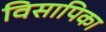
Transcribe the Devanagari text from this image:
विसापिका